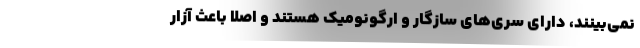
نمی‌بینند، دارای سری‌های سازگار و ارگونومیک هستند و اصلا باعث آزار